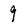
Character: 9